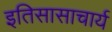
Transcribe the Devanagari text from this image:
इतिसासाचार्य